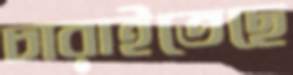
চারাইতেছে